Leaving Certificate Examination, 1920
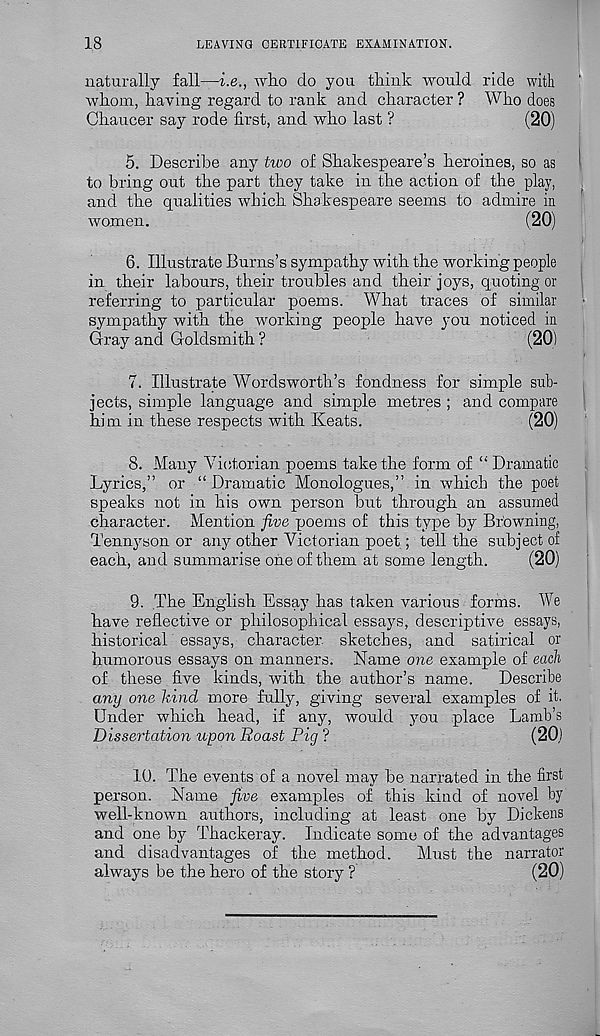
18
LEAVING CERTIFICATE EXAMINATION.
naturally fall—i.e., who do you think would ride with
whom, having regard to rank and character ? Who does
Chaucer say rode first, and who last ?
(20)
5. Describe any two of Shakespeare’s heroines, so as '
to bring out the part they take in the action of the play,
and the qualities which Shakespeare seems to admire in
women.
(20)
6. Illustrate Burns’s sympathy with the working people
in their labours, their troubles and their joys, quoting or
referring to particular poems. What traces of similar
sympathy with the working people have you noticed in
Gray and Goldsmith ?
(20) .
7. Illustrate Wordsworth’s fondness for simple sub-
jects, simple language and simple metres ; and compare
him in these respects with Keats.
(20)
8. Many Victorian poems take the form of “ Dramatic
Lyrics,” or “Dramatic Monologues,” in which the poet
speaks not in his own person but through an assumed
character. Mention five poems of this type by Browning,
Tennyson or any other Victorian poet; tell the subject of
each, and summarise one of them at some length.
(20)
9. The English Essay has taken various forms. We
have reflective or philosophical essays, descriptive essays,
historical essays, character sketches, and satirical or
humorous essays on manners. Name one example of each
of these five kinds, with the author’s name.
Describe
any one kind more fully, giving several examples of it.
Under which head, if any, would you place Lamb’s
Dissertation upon Roast Pig ?
(20,)
10. The events of a novel may be narrated in the first
person. Name five examples of this kind of novel by
well-known authors, including at least one by Dickens
and one by Thackeray. Indicate some of the advantages
and disadvantages of the method. Must the narrator
always be the hero of the story ?
(20)